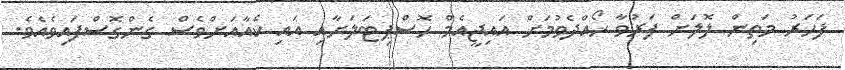
ފަހަރު މަތިން ލޮލަށް ފަރުވާ ހޯއްދެވުމަށް އައިޖީއެމް ހޮސްޕިޓަލަށާއި އައި ކެއާއަށްވެސް ގެންގޮސްފައިވެއެވެ.